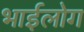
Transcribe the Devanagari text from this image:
भाईलोग